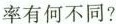
率有何不同？